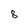
Character: 8